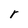
Character: r